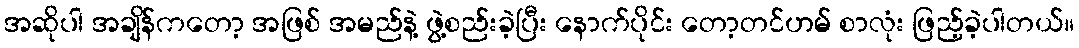
အဆိုပါ အချိန်ကတော့ အဖြစ် အမည်နဲ့ ဖွဲ့စည်းခဲ့ပြီး နောက်ပိုင်း တော့တင်ဟမ် စာလုံး ဖြည့်ခဲ့ပါတယ်။